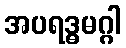
အပရဒ္ဓမဂ္ဂါ